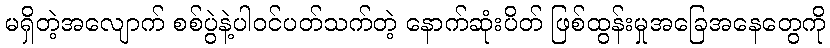
မရှိတဲ့အလျောက် စစ်ပွဲနဲ့ပါဝင်ပတ်သက်တဲ့ နောက်ဆုံးပိတ် ဖြစ်ထွန်းမှုအခြေအနေတွေကို